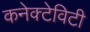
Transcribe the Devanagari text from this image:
कनेक्टेविटी